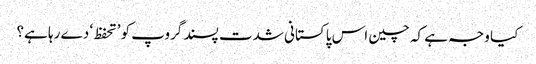
کیا وجہ ہے کہ چین اس پاکستانی شدت پسند گروپ کو ’تحفظ‘ دے رہا ہے؟